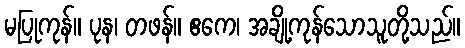
မပြုကုန်။ ပုန၊ တဖန်။ ဧကေ၊ အချို့ကုန်သောသူတို့သည်။